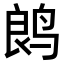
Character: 𬸏